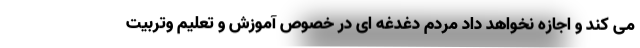
می کند و اجازه نخواهد داد مردم دغدغه ای در خصوص آموزش و تعلیم وتربیت